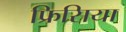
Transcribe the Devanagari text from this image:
फ्रिसिया